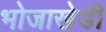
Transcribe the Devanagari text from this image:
भोजाखेडी